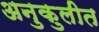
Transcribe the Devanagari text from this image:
अनुकुलीत